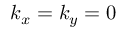
k _ { x } = k _ { y } = 0